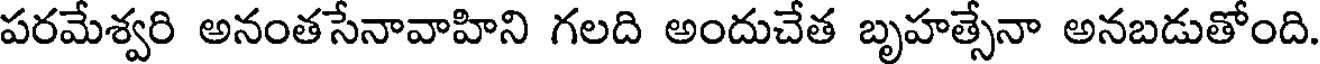
పరమేశ్వరి అనంతసేనావాహిని గలది అందుచేత బృహత్సేనా అనబడుతోంది